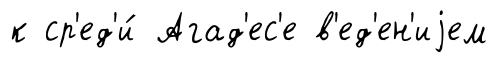
к ср'ед'и́ Агад'ес'е в'ед'ен'иjем